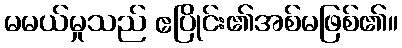
မမယ်မှုသည် ဧပြိုင်း၏အစ်မဖြစ်၏။